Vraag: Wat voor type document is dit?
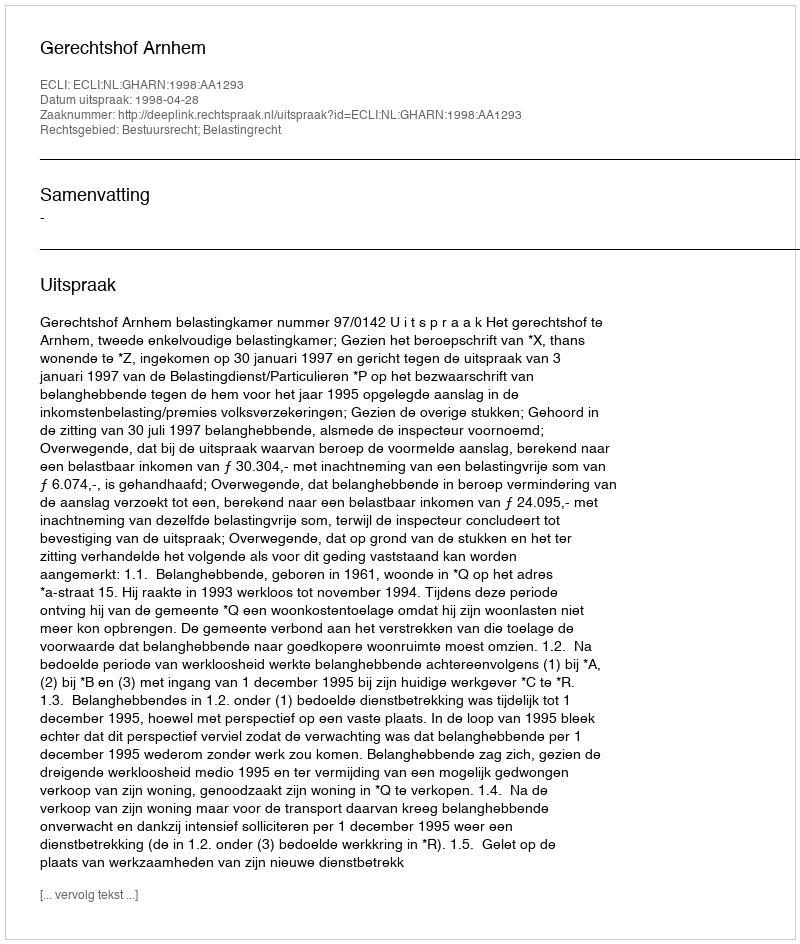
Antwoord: Uitspraak